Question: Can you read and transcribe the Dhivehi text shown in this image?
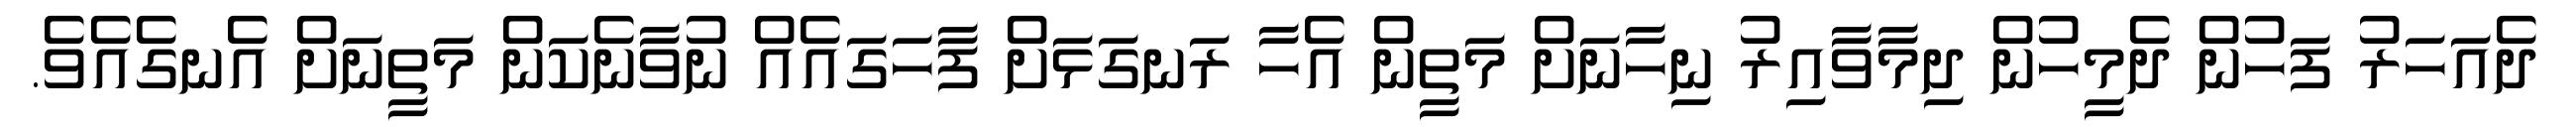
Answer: ދެއަހަރު ފަހުން ދެމީހުން ދިމާވާއިރު ނިހާނަށް މަތީން އެހާ ރަނގަޅަށް ފާހަގައެއް ނުވާނެކަން މަތީނަށް އެނގެއެވެ.